Annual administration report of the Civil Veterinary Department, Sind - 1944-1945
Year: 1944
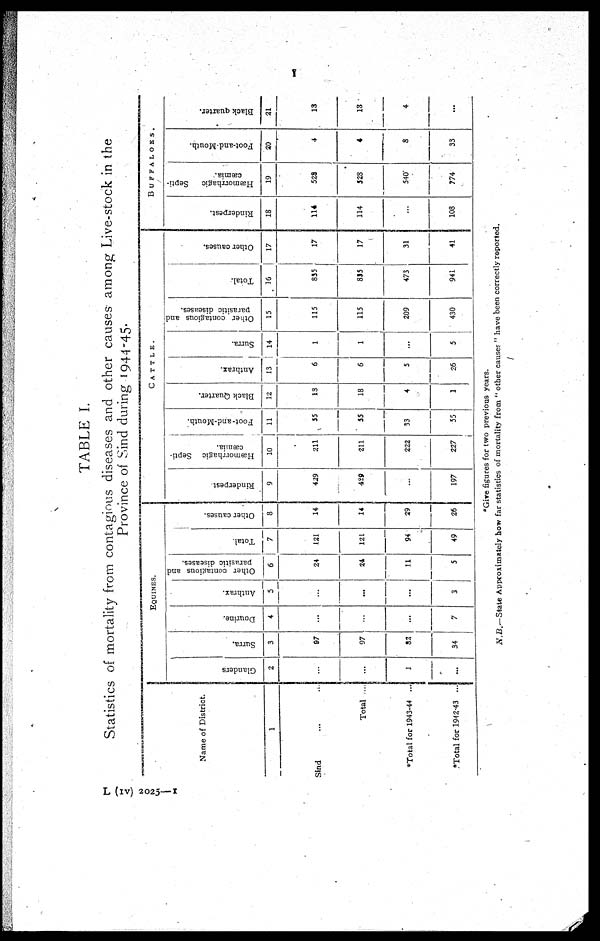
1
TABLE I.
Statistics of mortality from contagious diseases and other causes among Live-stock in the
Province of Sind during 1944-45.
Name of District.
1
Sind ... ...
Total ...
*Total for 1943-44 ...
*Total for 1942-43 ...
EQUINES.
Glanders
2
...
...
1
...
Surra.
3
87
97
82
34
Dourine.
4
...
...
...
7
Anthrax.
5
...
...
...
3
Other contagious and
parasitic diseases.
6
24
24
11
5
Total.
7
121
121
94
49
Other causes.
8
14
14
29
26
CATTLE.
Rinderpest
9
429
429
...
197
Hæmorrhagic Septi-
cæmia.
10
211
211
222
227
Foot-and-Mouth.
11
55
55
33
55
Black Quarter.
12
13
18
4
1
Anthrax.
13
6
6
5
26
Surra.
14
1
1
...
5
Other contagious and
parasitic diseases.
15
115
115
209
430
Total.
16
835
835
473
941
Other causes.
17
17
17
31
41
BUFFALOES.
Rinderpest.
18
114
114
...
108
Hæmorrhagic
Septi-
cæmia.
19
528
528
540
774
Foot-and-Mouth.
20
4
4
8
33
Black quarter.
21
13
13
4
...
*Give figures for two previous years.
N.B.—State Approximately how far statistics of mortality from "other causes" have been correctly reported.
L (IV) 2025—1